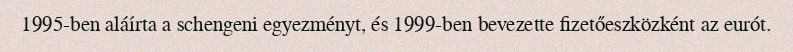
1995-ben aláírta a schengeni egyezményt, és 1999-ben bevezette fizetőeszközként az eurót.